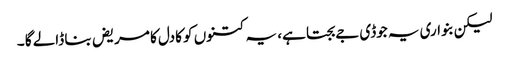
لیکن بنواری یہ جوڈی جے بجتا ہے، یہ کتنوں کو کادل کا مریض بنا ڈالے گا ۔